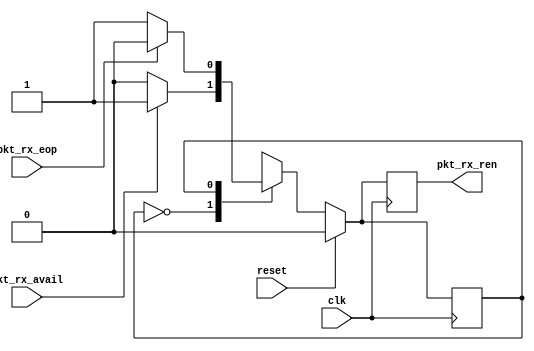
//
// Copyright 2013 Ettus Research LLC
//

//
//
// Provide required handshake to Opencores XGE MAC to initiate Rx of one available packet
// 
//


module xge_handshake
  (
   input clk,
   input reset,
   output reg pkt_rx_ren,
   input pkt_rx_avail,
   input pkt_rx_eop
   );

   localparam IDLE=0;
   localparam RX=1;

   reg 	      state;
   

   always @(posedge clk)
     if (reset) begin
	pkt_rx_ren <= 0;
	state <= IDLE;
     end else begin
	case (state)
	  //
	  // Wait for pkt_rx_avail to be asserted, then assert pkt_rx_ren next cycle
	  //
	  IDLE: begin
	     if (pkt_rx_avail) begin
		pkt_rx_ren <= 1;
		state <= RX;
	     end else begin
		pkt_rx_ren <= 0;
		state <= IDLE;
	     end
	  end
	  //
	  // Keep pkt_rx_ren asserted until EOF received.
	  //
	  RX: begin
	     if (pkt_rx_eop) begin
		pkt_rx_ren <= 0;
		state <= IDLE;
	     end else begin
		pkt_rx_ren <= 1;
		state <= RX;
	     end
	  end   
	     
	endcase // case(state)
     end // else: !if(reset)
endmodule // xge_handshake